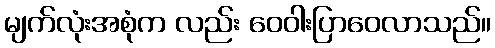
မျက်လုံးအစုံက လည်း ဝေဝါးပြာဝေလာသည်။